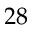
2 8